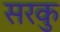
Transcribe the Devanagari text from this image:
सरकु